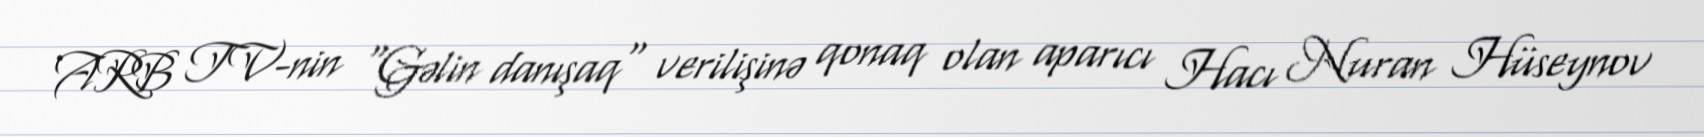
ARB TV-nin "Gəlin danışaq" verilişinə qonaq olan aparıcı Hacı Nuran Hüseynov